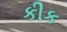
કીક